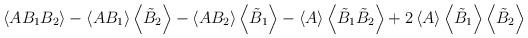
LaTeX: \begin{align*}\left\langle AB_1B_2\right\rangle-\left\langle AB_1\right\rangle\left\langle \tilde{B}_2\right\rangle-\left\langle AB_2\right\rangle\left\langle \tilde{B}_1\right\rangle-\left\langle A\right\rangle\left\langle \tilde{B}_1\tilde{B}_2\right\rangle+2\left\langle A\right\rangle\left\langle \tilde{B}_1\right\rangle\left\langle \tilde{B}_2\right\rangle\end{align*}